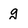
Character: g